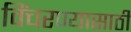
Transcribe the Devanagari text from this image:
विंचरण्यासाठी